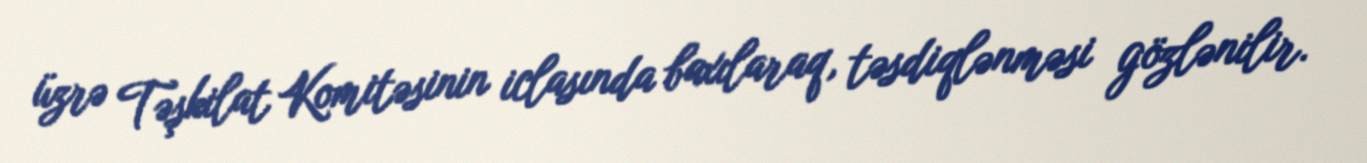
üzrə Təşkilat Komitəsinin iclasında baxılaraq, təsdiqlənməsi gözlənilir.